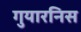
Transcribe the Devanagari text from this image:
गुयारनिस